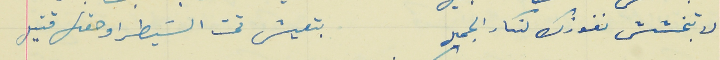
لا تبخشش نفوذك لنكار الجميل                                    بتعيش تحت السَيطرا وحقك قتيل